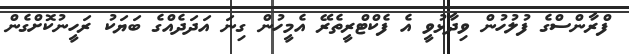
ފްރާންސްގެ ފުލުހުން ވިދާޅުވީ އެ ފެކްޓްރީތެރޭ އެމީހުން ގިނަ އަދަދެއްގެ ބަޔަކު ރަހީނުކޮށްގެން